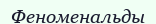
Феноменальды